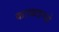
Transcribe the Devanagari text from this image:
काव्यग्रन्थो